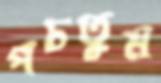
পচতুম